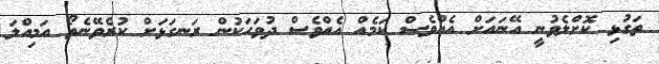
ތަގުޅި ކޮށްލެވުނީ އޭނައަށް އެއްވެސް ކަމެއް އެއްވެސް ދުވަހަކުން ރަނގަޅަށް ކުރެވޭނެތޯ އަމިއްލަ